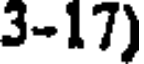
3-17)